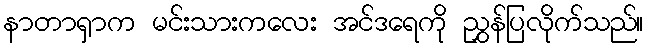
နာတာရှာက မင်းသားကလေး အင်ဒရေကို ညွှန်ပြလိုက်သည်။